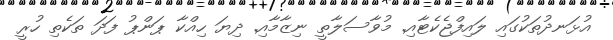
އުޅަނދުތަކުގައި ލައިފްޖެކެޓާއި